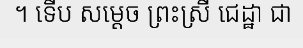
។ ទើប សម្តេច ព្រះស្រី ជេដ្ឋា ជា